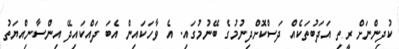
ކުދިންނަށް ރީތި އަދަބުތަކެއް ދަސްކޮށްދިނުމުގެ ބޭނުމުގައި. އެ ވާހަކައިން އެބަ ދައްކައިދޭ އިންސާނިއްޔަތު